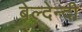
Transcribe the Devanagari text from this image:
बेल्देन्दी